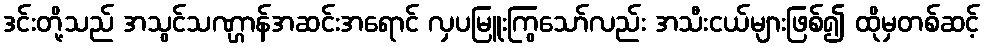
ဒင်းတို့သည် အသွင်သဏ္ဌာန်အဆင်းအရောင် လှပမြူးကြွသော်လည်း အသီးငယ်များဖြစ်၍ ထိုမှတစ်ဆင့်